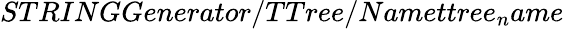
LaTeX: STRINGGenerator/TTree/Namettree_{n}ame